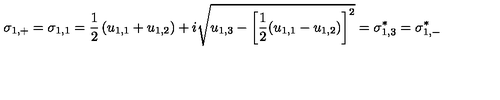
\sigma _ { 1 , + } = \sigma _ { 1 , 1 } = \frac { 1 } { 2 } \left( u _ { 1 , 1 } + u _ { 1 , 2 } \right) + i \sqrt { u _ { 1 , 3 } - \left[ \frac { 1 } { 2 } ( u _ { 1 , 1 } - u _ { 1 , 2 } ) \right] ^ { 2 } } = \sigma _ { 1 , 3 } ^ { * } = \sigma _ { 1 , - } ^ { * }